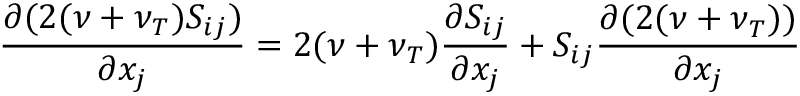
\frac { \partial ( 2 ( \nu + \nu _ { T } ) S _ { i j } ) } { \partial x _ { j } } = 2 ( \nu + \nu _ { T } ) \frac { \partial S _ { i j } } { \partial x _ { j } } + S _ { i j } \frac { \partial ( 2 ( \nu + \nu _ { T } ) ) } { \partial x _ { j } }